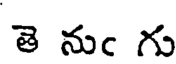
తె నుఁ గు